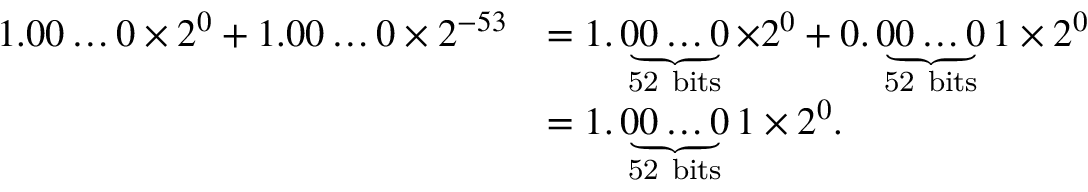
{ \begin{array} { r l } { 1 . 0 0 \ldots 0 \times 2 ^ { 0 } + 1 . 0 0 \ldots 0 \times 2 ^ { - 5 3 } } & { = 1 . \underbrace { 0 0 \ldots 0 } _ { \mathrm { 5 2 ~ b i t s } } \times 2 ^ { 0 } + 0 . \underbrace { 0 0 \ldots 0 } _ { \mathrm { 5 2 ~ b i t s } } 1 \times 2 ^ { 0 } } \\ & { = 1 . \underbrace { 0 0 \ldots 0 } _ { \mathrm { 5 2 ~ b i t s } } 1 \times 2 ^ { 0 } . } \end{array} }